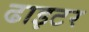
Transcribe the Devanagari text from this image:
ढाइटर